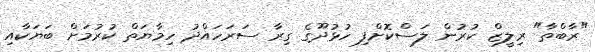
"ރާބްތާ" ރިލީޒް ކުރުން ލަސްކޮށްފި ހުޅުދޫގެ ގިރާ ސަރަހައްދު ހިމާޔަތް ކުރުމަށް ބަޔަކާއި